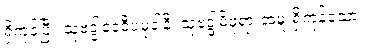
ရှိကုန်ပြီ။ သုဗဒ္ဒါဒေဝီပမုခါနိ၊ သုဗဒ္ဒါမိဖုရားအမှူးရှိကုန်သော။